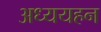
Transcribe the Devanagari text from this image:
अध्ययहन